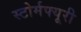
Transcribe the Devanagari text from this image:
स्टोर्मफ्यूरी